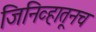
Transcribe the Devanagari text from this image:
जिनिव्हातूनच